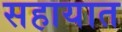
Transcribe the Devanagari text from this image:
सहायात